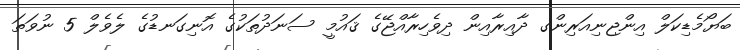
ބަޔޯމެޑިކަލް އިންޖިނިއަރިންގ ދާއިރާއިން ދިވެހިރާއްޖޭގެ ޤައުމީ ސަނަދުތަކުގެ އޮނިގަނޑުގެ ލެވެލް 5 ނުވަތަ